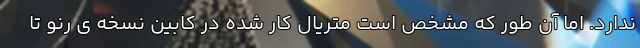
ندارد. اما آن طور که مشخص است متریال کار شده در کابین نسخه ی رنو تا